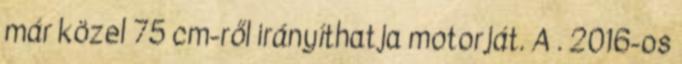
már közel 75 cm-ről irányíthatja motorját. A . 2016-os